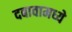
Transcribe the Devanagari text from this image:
दबावामध्ये